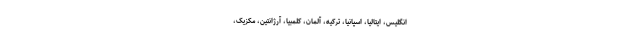
انگلیس، ایتالیا، اسپانیا، ترکیه، آلمان، کلمبیا، آرژانتین، مکزیک،